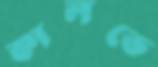
কালভে